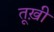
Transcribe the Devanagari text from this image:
तूख़ी